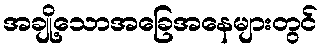
အချို့သောအခြေအနေများတွင်